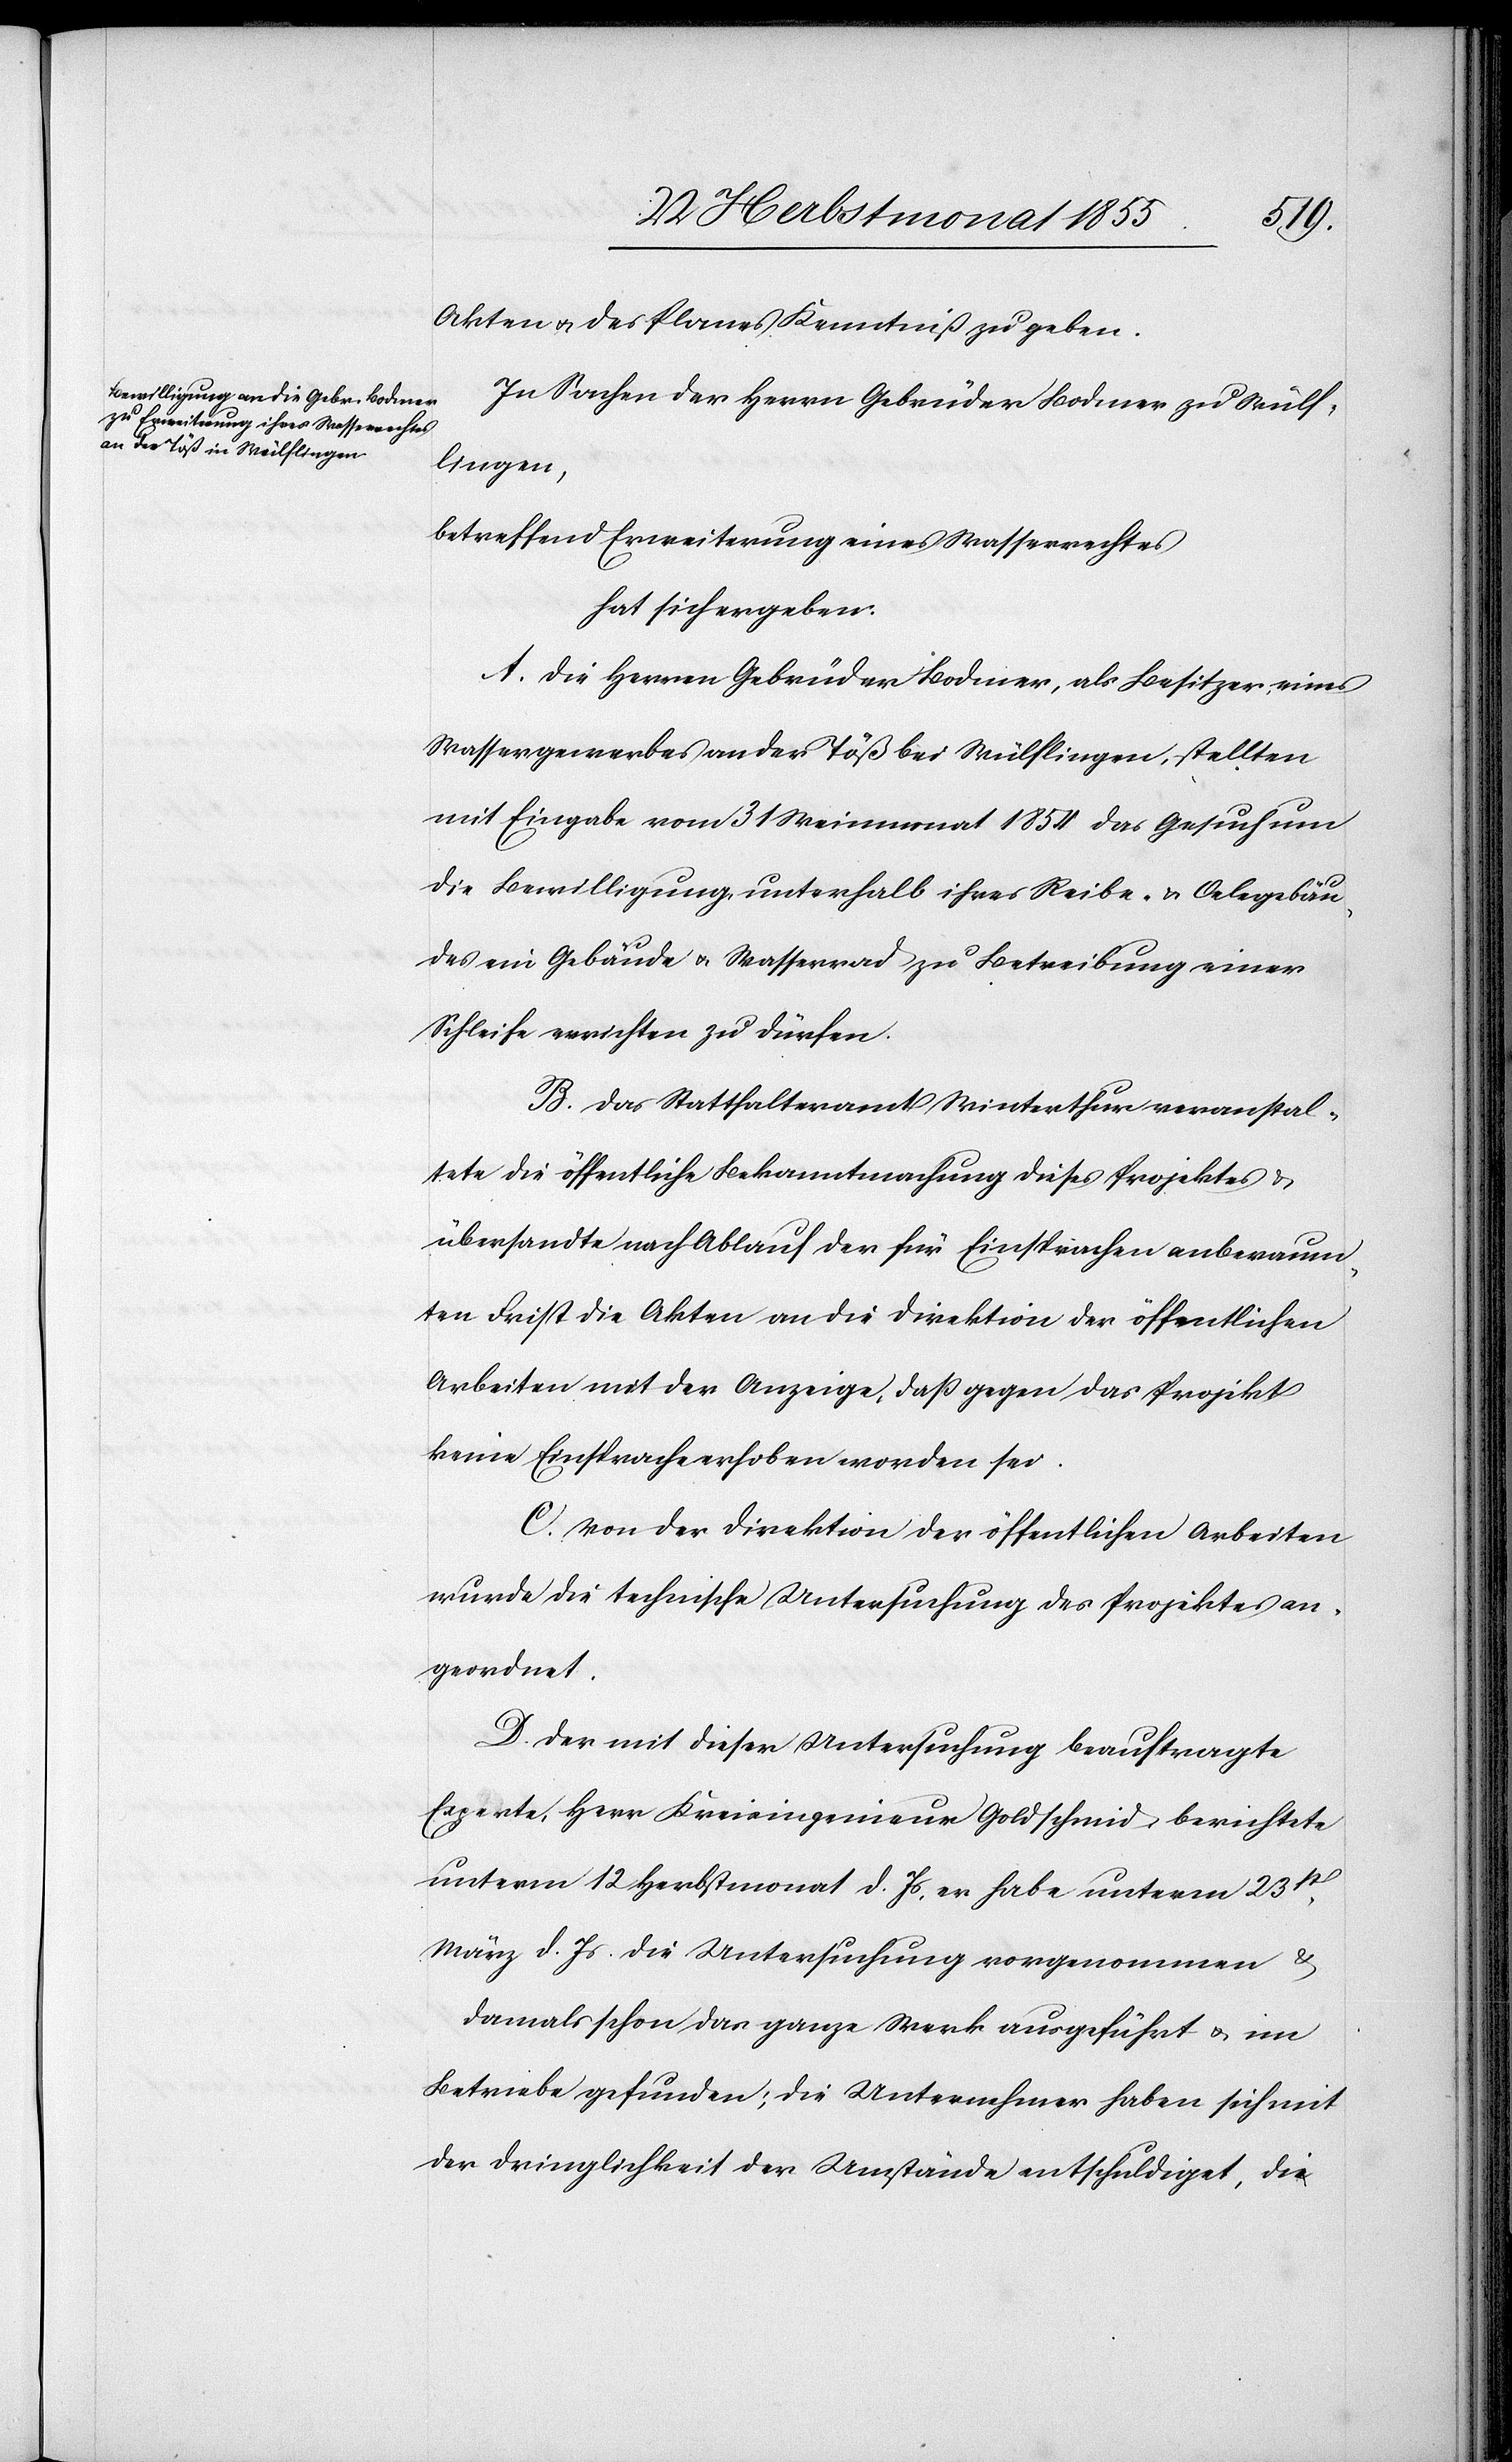
Akten & des Planes Kenntniß zu geben.
In Sachen der Herrn Gebrüder Bodmer zu Wülf¬
lingen,
betreffend Erweiterung eines Wasserrechtes
hat sich ergeben:
A. Die Herren Gebrüder Bodmer, als Besitzer eines
Wassergewerbes an der Töß bei Wülflingen, stellten
mit Eingabe vom 31 Weinmonat 1854 das Gesuch um
die Bewilligung, unterhalb ihres Reibe- & Oelegebäu¬
des ein Gebäude & Wasserrad zu Betreibung einer
Schleife errichten zu dürfen.
B. Das Statthalteramt Winterthur veranstal¬
tete die öffentliche Bekanntmachung dieses Projektes &
übersandte nach Ablauf der für Einsprachen anberaum¬
ten Frist die Akten an die Direktion der öffentlichen
Arbeiten mit der Anzeige, daß gegen das Projekt
keine Einsprache erhoben worden sei.
C. Von der Direktion der öffentlichen Arbeiten
wurde die technische Untersuchung des Projektes an¬
geordnet.
D. Der mit dieser Untersuchung beauftragte
Experte, Herr Kreisingenieur Goldschmid, berichtete
unterm 12 Herbstmonat d. Js, er habe unterm 23st
März d. Js. die Untersuchung vorgenommen &
damals schon das ganze Werk ausgeführt & im
Betriebe gefunden; die Unternehmer haben sich mit
der Dringlichkeit der Umstände entschuldiget, die